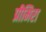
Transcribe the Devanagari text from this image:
प्रीमिरा